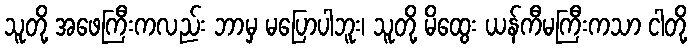
သူတို့ အဖေကြီးကလည်း ဘာမှ မပြောပါဘူး၊ သူတို့ မိထွေး ယန်ကီမကြီးကသာ ငါတို့